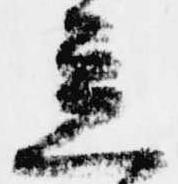
立